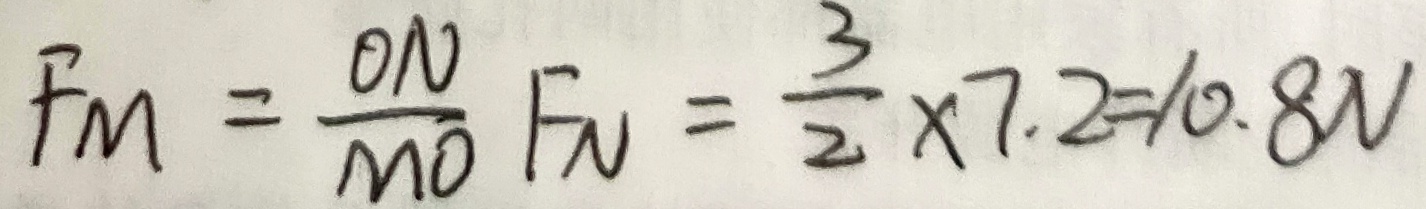
F _ { M } = \frac { O N } { M O } F _ { N } = \frac { 3 } { 2 } \times 7 . 2 = 1 0 . 8 N